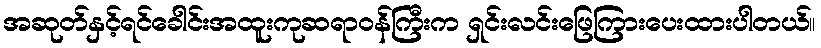
အဆုတ်နှင့်ရင်ခေါင်းအထူးကုဆရာဝန်ကြီးက ရှင်းလင်းဖြေကြားပေးထားပါတယ်။